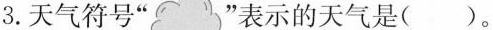
3.天气符号” ”表示的天气是( )。